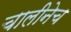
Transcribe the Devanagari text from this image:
चालीनेच